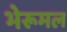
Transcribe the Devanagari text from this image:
भेरूमल